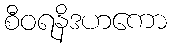
စီဝရနိဒဟကော